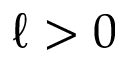
\ell > 0